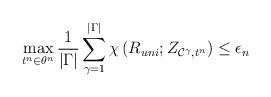
LaTeX: \begin{align*}\max_{t^n\in\theta^n}\frac{1}{\left|\Gamma\right|} \sum_{\gamma=1}^{\left|\Gamma\right|}\chi\left(R_{uni};Z_{\mathcal{C}^{\gamma},t^n}\right) \leq \epsilon_{n}\end{align*}